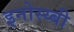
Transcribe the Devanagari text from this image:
इनोस्य्बी